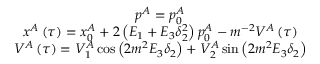
\begin{array} { c } { { p ^ { A } = p _ { 0 } ^ { A } } } \\ { { x ^ { A } \left( \tau \right) = x _ { 0 } ^ { A } + 2 \left( E _ { 1 } + E _ { 3 } \delta _ { 2 } ^ { 2 } \right) p _ { 0 } ^ { A } - m ^ { - 2 } V ^ { A } \left( \tau \right) } } \\ { { V ^ { A } \left( \tau \right) = V _ { 1 } ^ { A } \cos \left( 2 m ^ { 2 } E _ { 3 } \delta _ { 2 } \right) + V _ { 2 } ^ { A } \sin \left( 2 m ^ { 2 } E _ { 3 } \delta _ { 2 } \right) } } \end{array}